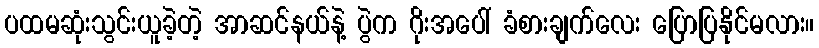
ပထမဆုံးသွင်းယူခဲ့တဲ့ အာဆင်နယ်နဲ့ ပွဲက ဂိုးအပေါ် ခံစားချက်လေး ပြောပြနိုင်မလား။